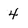
Character: 4